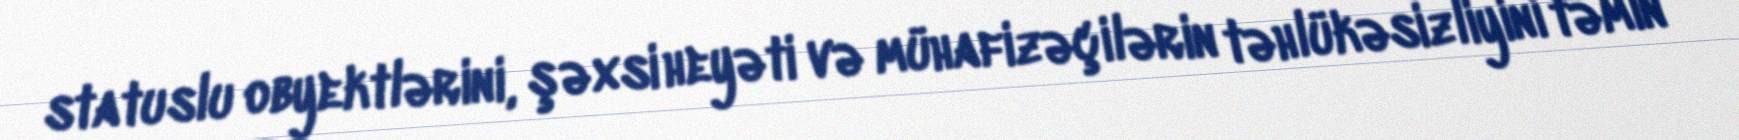
statuslu obyektlərini, şəxsi heyəti və mühafizəçilərin təhlükəsizliyini təmin